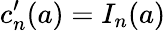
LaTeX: c_{n}^{\prime}(a)=I_{n}(a)